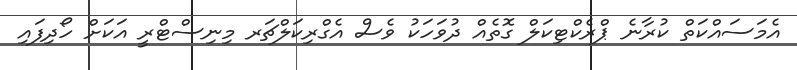
އެމަސައްކަތް ކުރާނެ ޕްރެކްޓިކަލް ގޮތެއް ދުވަހަކު ވެސް އެގްރިކަލްޗަރ މިނިސްޓްރީ އަކަށް ހޯދިފައި